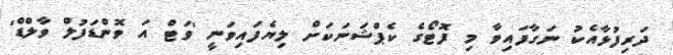
ދަރިފުޅާއެކު ނަގާފައިވާ މި ފޮޓޯގެ ކެޕްޝަނަކަށް ލިޔެފައިވަނީ 'ވަޓް އަ ވޮންޑަފުލް ވާލްޑް'